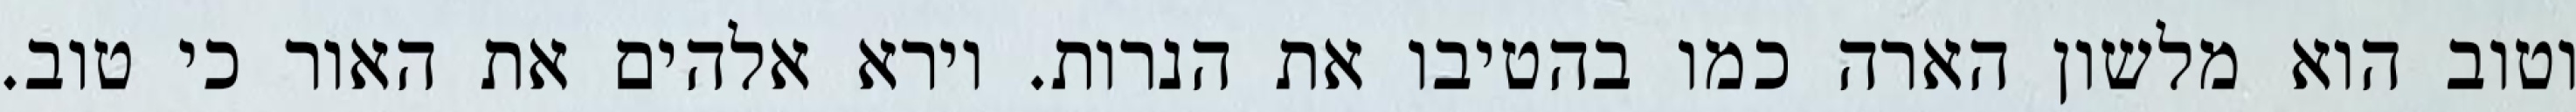
וטוב הוא מלשון הארה כמו בהטיבו את הנרות. וירא אלהים את האור כי טוב.